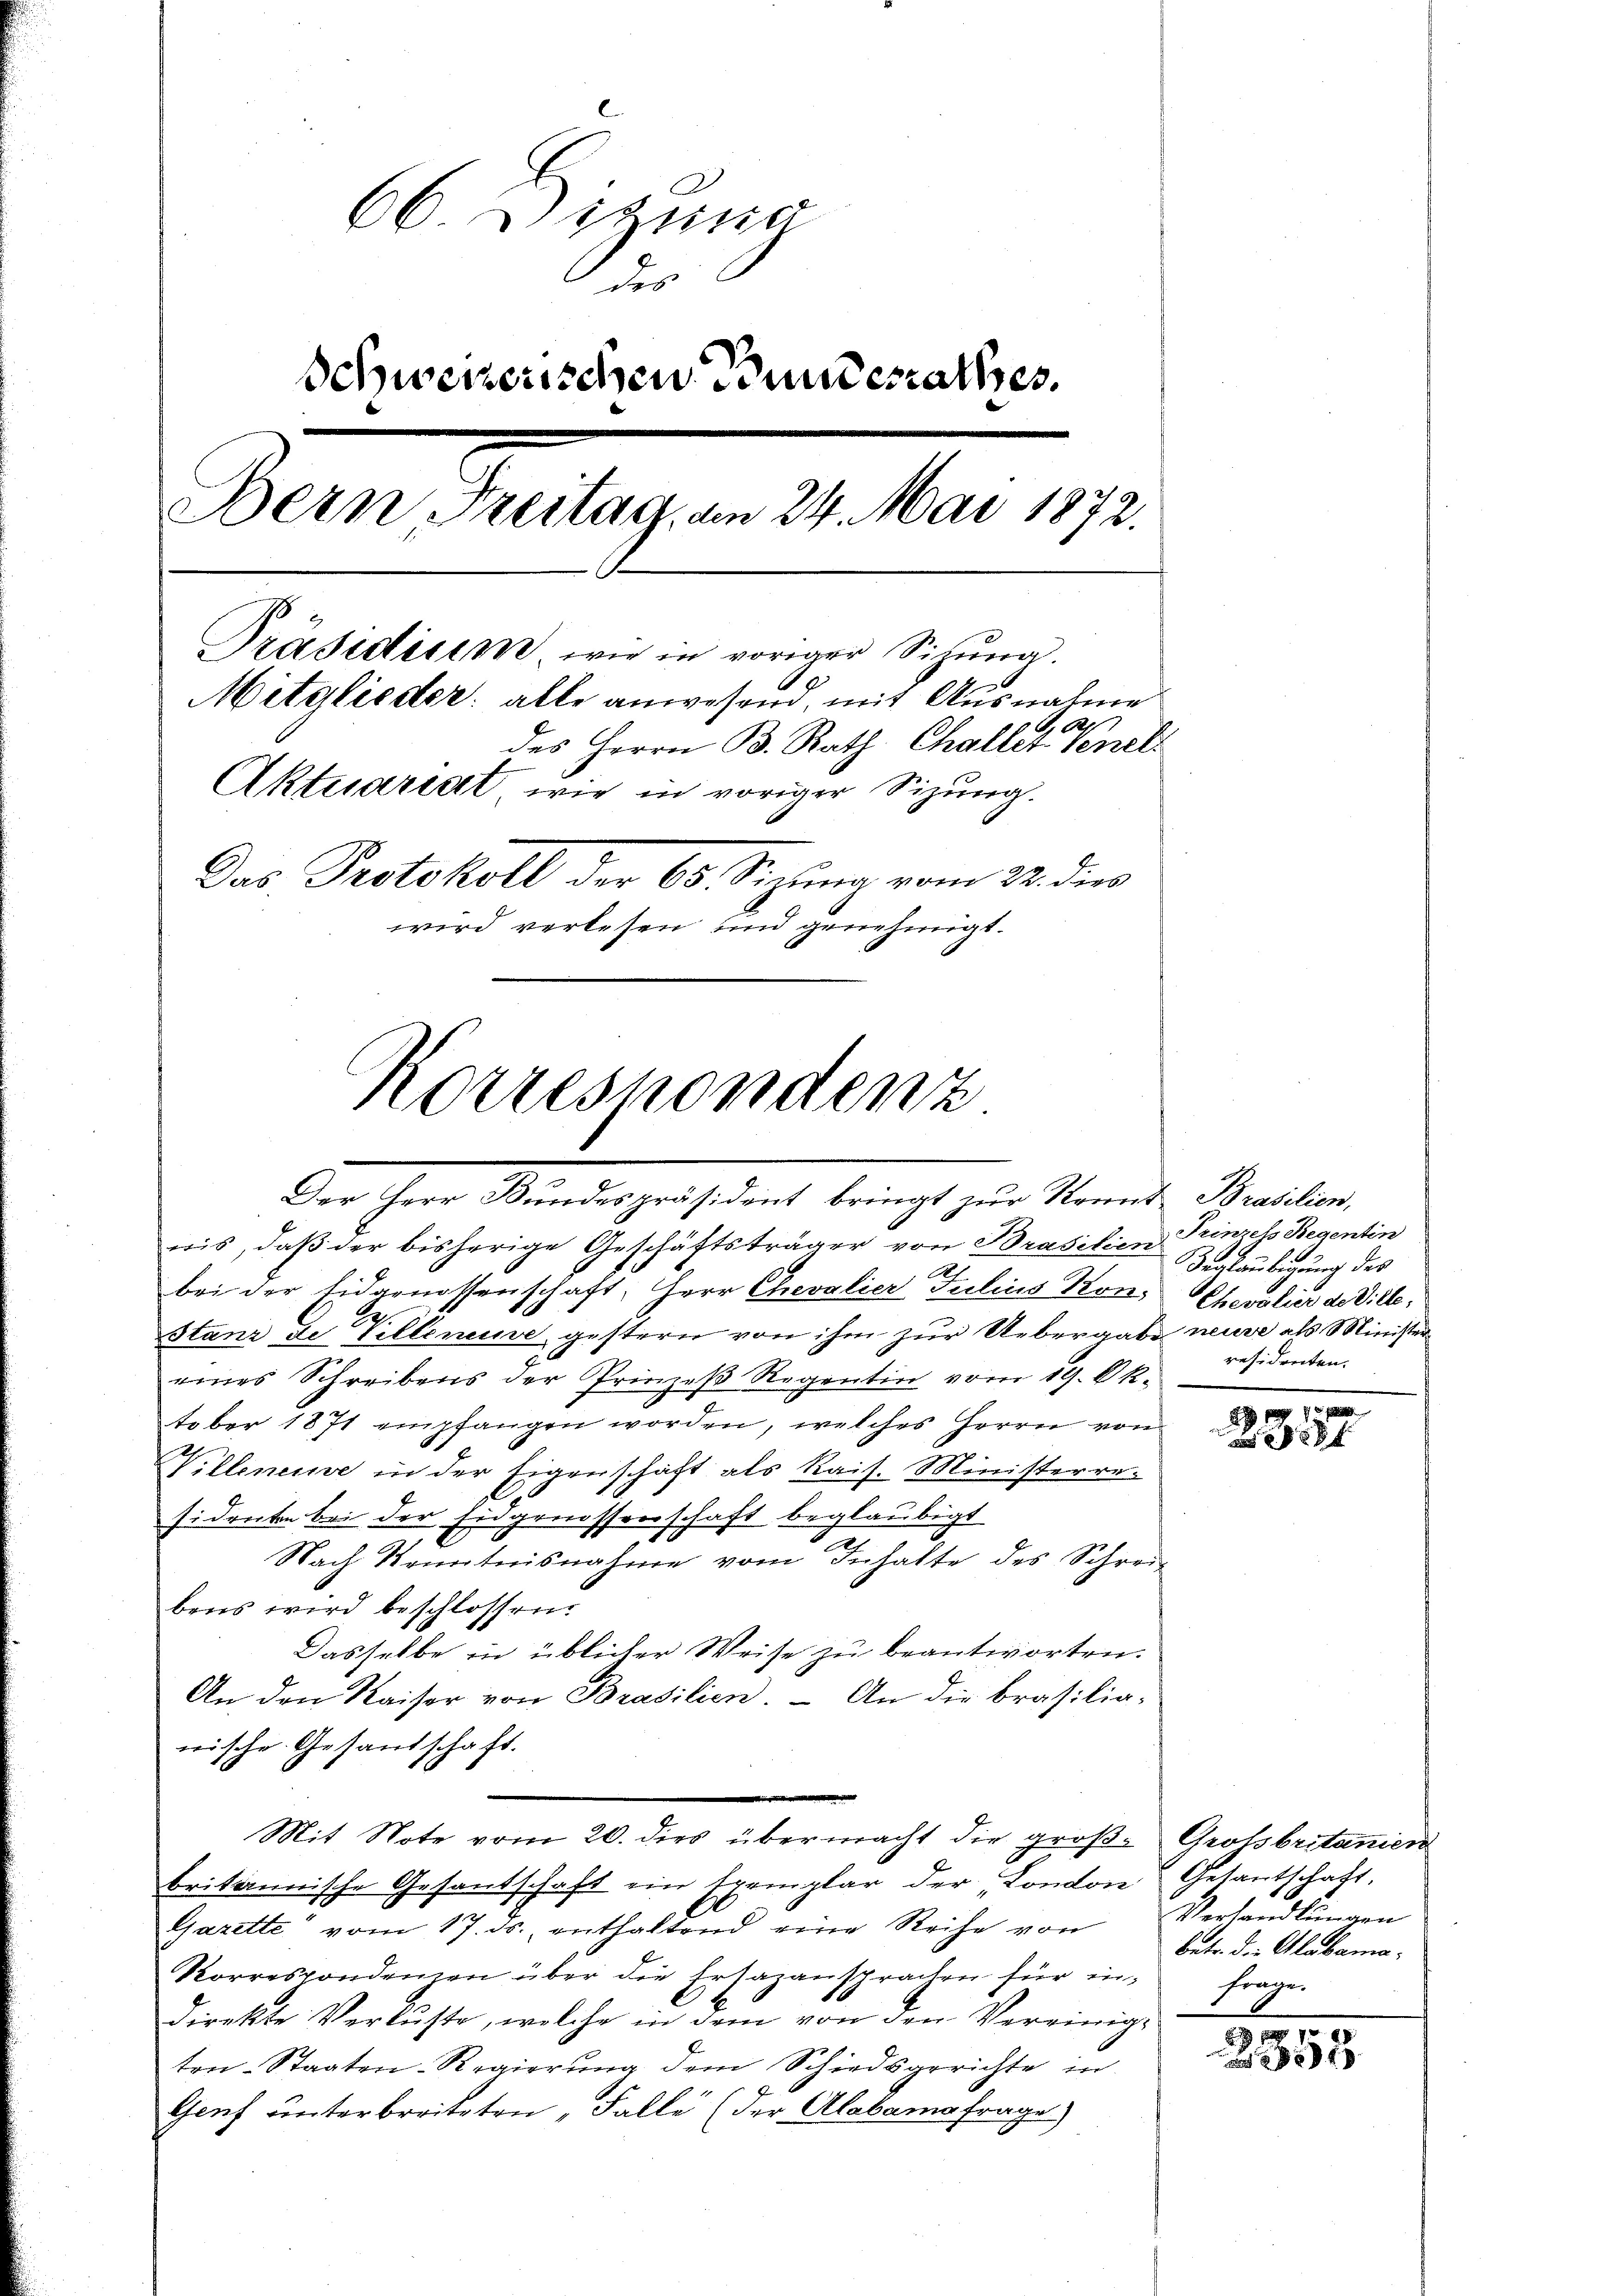
66. Sitzung
der
Schweizerischen Bundesrathes.
Bern Freitag, am 24. Mai 1872.
Präsidium, wie in voriger Sihung.
Mitglieder: alle anwesend, mit Ausnahme
A
des Herrn B. Rath Challet venel
Aktuariat wie in voriger Sizung.
Das Protokoll der 65. Sizung vom 22. dies
wird verlesen und genehmigt.
Korrespondenz

Ger ihrer Mandespräsident bringt zur Standten Basler,

nis, daß der bisherige Geschäftsträger von Brasilien
.
bei der Eidgenossenschaft, Herr Chevalier Julius Kon-
.
stanz de Villeneuve gestern von ihm zur Uebergabe
eines Schreibens der Prinzes Regentin vom 19. Ok-
teber 1871 empfangen worden, welches Herrn von
Willeneine in der Eigenschaft als Kais. Ministerre
sidenten bei der Eidgenossenschaft beglaubigt
Nach Kenntnisnahme vom Inhalte des Schrei-
bens wird beschlossen:
Dasselbe in üblicher Weise zu beantworten.
An den Kaiser von Brasilien. – An die Brasilia-
wische Gesandschaft.
Mit Note vom 20. dies übermacht die große Grotsbritanien
britannische Gesantschaft ein Exemplar der London Getantschaft.
Gazette vom 17. ds. enthaltend eine Reihe von Verhandlŭngen
Korrespondenzen über die Ersazansprachen für indirekte Verluste, welche in dem von den Vereinige
ten-Staaten-Regierŭng dem Schiedsgerichte in
Genf unterbreiteten „Falle (der Alabamsfrage

Prinzess Regentin
Beglaubigung des
Chevalier de Ville,
neure als Minister
residenten.

1911.
a 8 § 88 f

betr. die Alabama.
frage

358